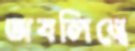
অবলিম্বে